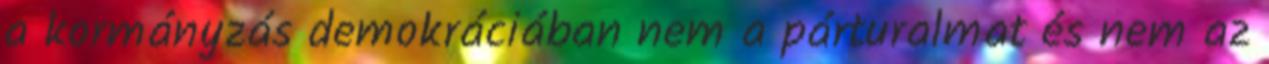
a kormányzás demokráciában nem a párturalmat és nem az